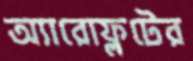
অ্যারোফ্লটের